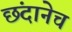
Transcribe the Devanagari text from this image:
छंदानेच